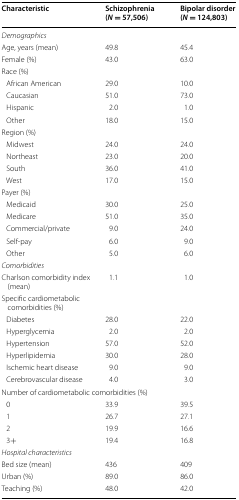
<table><thead><tr><td><b>Characteristic</b></td><td><b>Schizophrenia (<i>N</i> = 57,506)</b></td><td><b>Bipolar disorder (<i>N</i> = 124,803)</b></td></tr></thead><tbody><tr><td colspan="3"><i>Demographics</i></td></tr><tr><td>Age, years (mean)</td><td>49.8</td><td>45.4</td></tr><tr><td>Female (%)</td><td>43.0</td><td>63.0</td></tr><tr><td colspan="3">Race (%)</td></tr><tr><td> African American</td><td>29.0</td><td>10.0</td></tr><tr><td> Caucasian</td><td>51.0</td><td>73.0</td></tr><tr><td> Hispanic</td><td>2.0</td><td>1.0</td></tr><tr><td> Other</td><td>18.0</td><td>15.0</td></tr><tr><td colspan="3">Region (%)</td></tr><tr><td> Midwest</td><td>24.0</td><td>24.0</td></tr><tr><td> Northeast</td><td>23.0</td><td>20.0</td></tr><tr><td> South</td><td>36.0</td><td>41.0</td></tr><tr><td> West</td><td>17.0</td><td>15.0</td></tr><tr><td colspan="3">Payer (%)</td></tr><tr><td> Medicaid</td><td>30.0</td><td>25.0</td></tr><tr><td> Medicare</td><td>51.0</td><td>35.0</td></tr><tr><td> Commercial/private</td><td>9.0</td><td>24.0</td></tr><tr><td> Self-pay</td><td>6.0</td><td>9.0</td></tr><tr><td> Other</td><td>5.0</td><td>6.0</td></tr><tr><td colspan="3"><i>Comorbidities</i></td></tr><tr><td>Charlson comorbidity index (mean)</td><td>1.1</td><td>1.0</td></tr><tr><td>Specific cardiometabolic comorbidities (%)</td><td></td><td></td></tr><tr><td> Diabetes</td><td>28.0</td><td>22.0</td></tr><tr><td> Hyperglycemia</td><td>2.0</td><td>2.0</td></tr><tr><td> Hypertension</td><td>57.0</td><td>52.0</td></tr><tr><td> Hyperlipidemia</td><td>30.0</td><td>28.0</td></tr><tr><td> Ischemic heart disease</td><td>9.0</td><td>9.0</td></tr><tr><td> Cerebrovascular disease</td><td>4.0</td><td>3.0</td></tr><tr><td colspan="3">Number of cardiometabolic comorbidities (%)</td></tr><tr><td> 0</td><td>33.9</td><td>39.5</td></tr><tr><td> 1</td><td>26.7</td><td>27.1</td></tr><tr><td> 2</td><td>19.9</td><td>16.6</td></tr><tr><td> 3+</td><td>19.4</td><td>16.8</td></tr><tr><td colspan="3"><i>Hospital characteristics</i></td></tr><tr><td>Bed size (mean)</td><td>436</td><td>409</td></tr><tr><td>Urban (%)</td><td>89.0</td><td>86.0</td></tr><tr><td>Teaching (%)</td><td>48.0</td><td>42.0</td></tr></tbody></table>